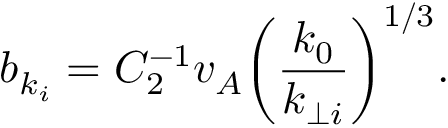
b _ { k _ { i } } = C _ { 2 } ^ { - 1 } v _ { A } \bigg ( \frac { k _ { 0 } } { k _ { \perp i } } \bigg ) ^ { 1 / 3 } .